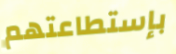
بإستطاعتهم